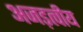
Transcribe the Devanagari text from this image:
अजड़त्वीय